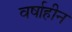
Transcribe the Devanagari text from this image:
वर्षाहीन